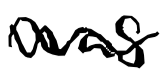
Text: was
Cross-out: mix
Writing tool: digital_black